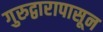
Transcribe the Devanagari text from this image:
गुरुद्वारापासून